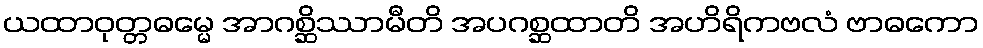
ယထာဝုတ္တဓမ္မေ အာဂစ္ဆိဿာမီတိ အပဂစ္ဆထာတိ အဟိရိကဗလံ ဗာဓကော